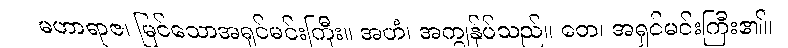
မဟာရာဇ၊ မြင်သောအရှင်မင်းကြီး။ အဟံ၊ အကျွန်ုပ်သည်။ တေ၊ အရှင်မင်းကြီး၏။